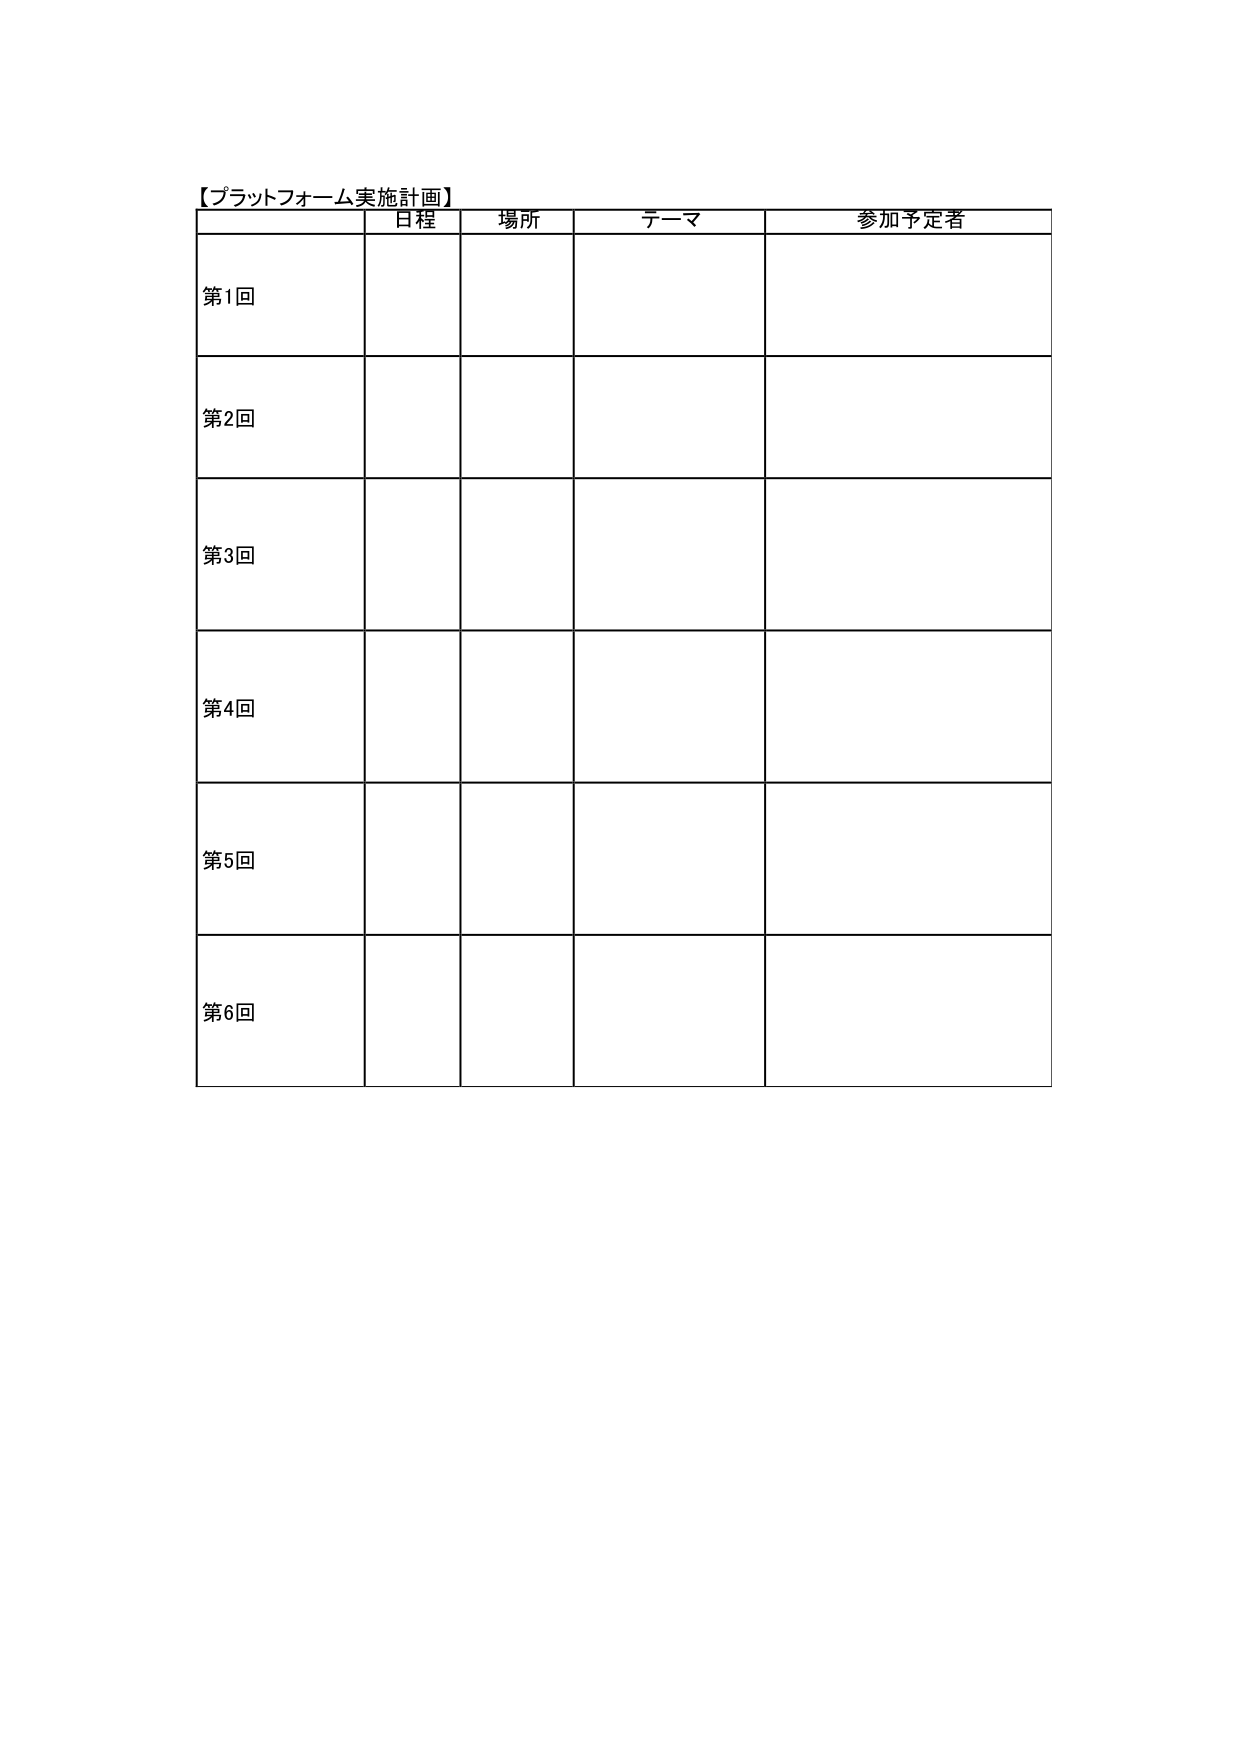
【プラットフォーム実施計画】
日程 場所 テーマ 参加予定者
第1回
第2回
第3回
第4回
第5回
第6回